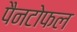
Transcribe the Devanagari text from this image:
पैनटोफल